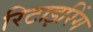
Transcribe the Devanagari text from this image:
रिटाइरिंग